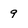
Character: 9